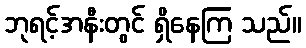
ဘုရင့်အနီးတွင် ရှိနေကြ သည်။